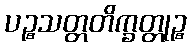
ပဉ္စသတ္တတိက္ခတ္တုဉ္စ